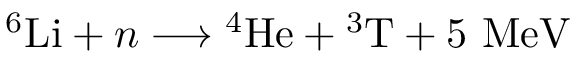
{ } ^ { 6 } \mathrm { L i } + n \longrightarrow { } ^ { 4 } \mathrm { H e } + { } ^ { 3 } \mathrm { T } + 5 \ \mathrm { M e V }